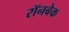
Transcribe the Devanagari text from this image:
रॉनबेक